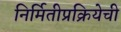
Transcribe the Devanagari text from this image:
निर्मितीप्रक्रियेची